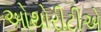
ઓથોરીટીએ